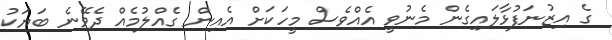
ގެ އިޒުނަފުޅާލައިގެން މެނުވީ އެއްވެސް މީހަކަށް އެއިން ގެއްލުމެއް ދެވޭނެ ބަޔަކު